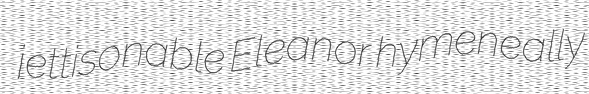
jettisonable Eleanor hymeneally